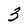
Character: 3